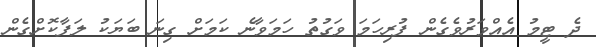
ދެ ޓީމު އެއްވަރުވެގެން ފުރިހަމަ ވަގުތު ހަމަވާނެ ކަމަށް ގިނަ ބަޔަކު ލަފާކޮށްގެން